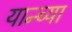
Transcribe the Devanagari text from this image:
यान्च्या